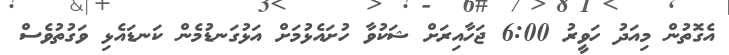
އެގޮތުން މިއަދު ހަވީރު 6:00 ޖަހާއިރަށް ޝަކުވާ ހުށައެޅުމަށް އަޅުގަނޑުމެން ކަނޑައެޅި ވަގުތުވެސް